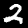
Label: 2